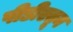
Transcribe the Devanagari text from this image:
पीडीएतून